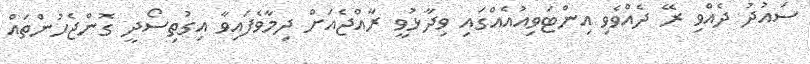
ސައުދު ދެއްވި ރޭ ދެއްވެވި އިންޓަވިއުއެއްގައި ވިދާޅުވީ ރާއްޖެއަށް ދިމާވެފައިވާ އިގުތިސޯދީ ގޮންޖެހުންތައް